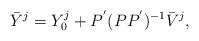
\begin{align*}\bar{Y}^j =Y_0^j + P ^{'} (P P ^{'}) ^{-1} \bar{V}^j ,\end{align*}